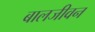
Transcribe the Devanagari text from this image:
बालजीवन